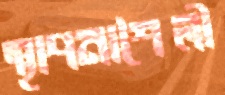
স্থাপনাশৈলী